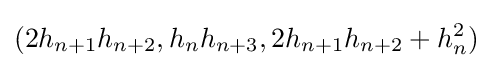
(2h_{n+1}h_{n+2},h_{n}h_{n+3},2h_{n+1}h_{n+2}+h_{n}^{2})